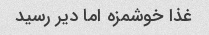
غذا خوشمزه اما دیر رسید